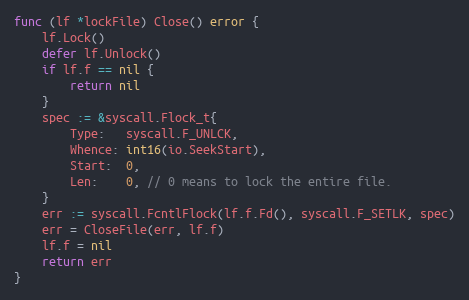
Language: Go
func (lf *lockFile) Close() error {
	lf.Lock()
	defer lf.Unlock()
	if lf.f == nil {
		return nil
	}
	spec := &syscall.Flock_t{
		Type:   syscall.F_UNLCK,
		Whence: int16(io.SeekStart),
		Start:  0,
		Len:    0, // 0 means to lock the entire file.
	}
	err := syscall.FcntlFlock(lf.f.Fd(), syscall.F_SETLK, spec)
	err = CloseFile(err, lf.f)
	lf.f = nil
	return err
}